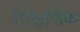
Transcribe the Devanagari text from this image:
शिक्षणिक